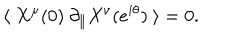
\langle \ X ^ { \mu } ( 0 ) \ \partial _ { \parallel } X ^ { \nu } ( e ^ { i \theta } ) \ \rangle = 0 .